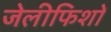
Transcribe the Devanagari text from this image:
जेलीफिशों